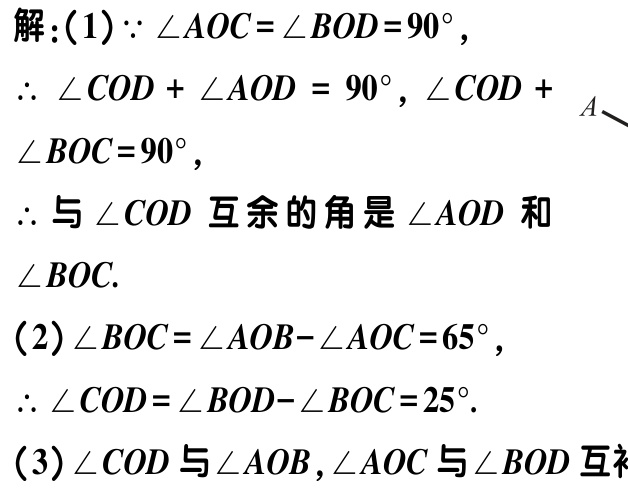
解：(1)$\because \angle AOC = \angle BOD = 90^{\circ}$，

$\therefore \angle COD + \angle AOD = 90^{\circ}, \angle COD + \angle BOC = 90^{\circ}$，

$\therefore$ 与$\angle COD$互余的角是$\angle AOD$和$\angle BOC$.

(2)$\angle BOC = \angle AOB - \angle AOC = 65^{\circ}$，

$\therefore \angle COD = \angle BOD - \angle BOC = 25^{\circ}$.

(3)$\angle COD$与$\angle AOB$,$\angle AOC$与$\angle BOD$互补